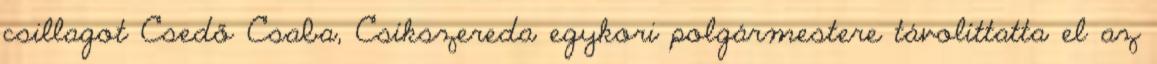
csillagot Csedő Csaba, Csíkszereda egykori polgármestere távolíttatta el az